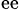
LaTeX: _{\mathrm{e}\mathrm{e}}